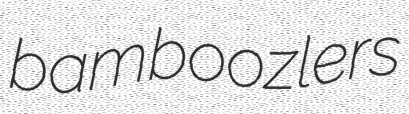
bamboozlers